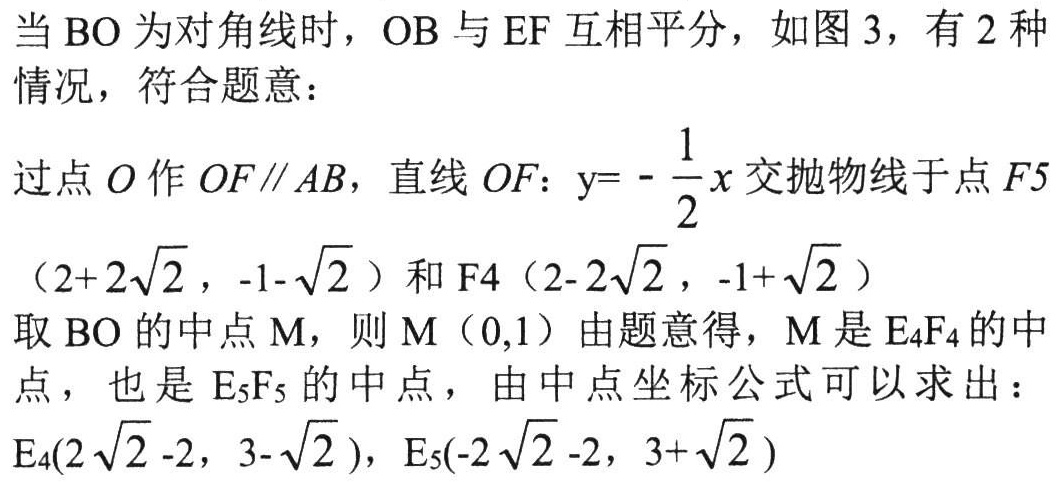
当$\text{BO}$为对角线时，$\text{OB}$与$\text{EF}$互相平分，如图$3$，有$2$种情况，符合题意：
过点$O$作$OF\parallel AB$，直线$OF$：$\text{y}=-\frac{1}{2}x$交抛物线于点$F5$
$(2 + 2\sqrt{2},-1-\sqrt{2})$和$F4(2 - 2\sqrt{2},-1+\sqrt{2})$
取$\text{BO}$的中点$\text{M}$，则$\text{M}(0,1)$由题意得，$\text{M}$是$E_{4}F_{4}$的中点，也是$E_{5}F_{5}$的中点，由中点坐标公式可以求出：
$E_{4}(2\sqrt{2}-2,3-\sqrt{2})$，$E_{5}(-2\sqrt{2}-2,3+\sqrt{2})$